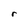
Character: r